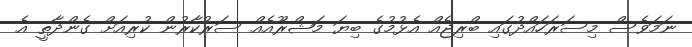
ނަމަވެސް މިސަރަހައްދުގައި ބްރިޖެއް އެޅުމުގެ ބިޔަ މަޝްރޫއެއް ސަރުކާރުން ކުރިއަށް ގެންދާތީ އެ